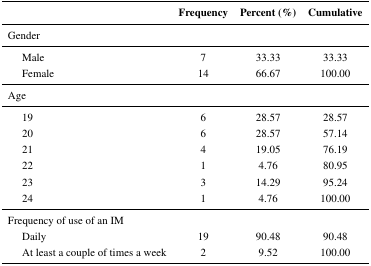
<table><thead><tr><td></td><td><b>Frequency</b></td><td><b>Percent (%)</b></td><td><b>Cumulative</b></td></tr></thead><tbody><tr><td colspan="4">Gender</td></tr><tr><td> Male</td><td>7</td><td>33.33</td><td>33.33</td></tr><tr><td> Female</td><td>14</td><td>66.67</td><td>100.00</td></tr><tr><td colspan="4">Age</td></tr><tr><td> 19</td><td>6</td><td>28.57</td><td>28.57</td></tr><tr><td> 20</td><td>6</td><td>28.57</td><td>57.14</td></tr><tr><td> 21</td><td>4</td><td>19.05</td><td>76.19</td></tr><tr><td> 22</td><td>1</td><td>4.76</td><td>80.95</td></tr><tr><td> 23</td><td>3</td><td>14.29</td><td>95.24</td></tr><tr><td> 24</td><td>1</td><td>4.76</td><td>100.00</td></tr><tr><td colspan="4">Frequency of use of an IM</td></tr><tr><td> Daily</td><td>19</td><td>90.48</td><td>90.48</td></tr><tr><td> At least a couple of times a week</td><td>2</td><td>9.52</td><td>100.00</td></tr></tbody></table>